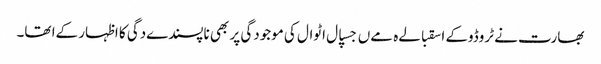
بھارت نے ٹروڈوکے اسقبالےہ مےں جسپال اٹوال کی موجودگی پر بھی ناپسندےدگی کا اظہار کےا تھا۔